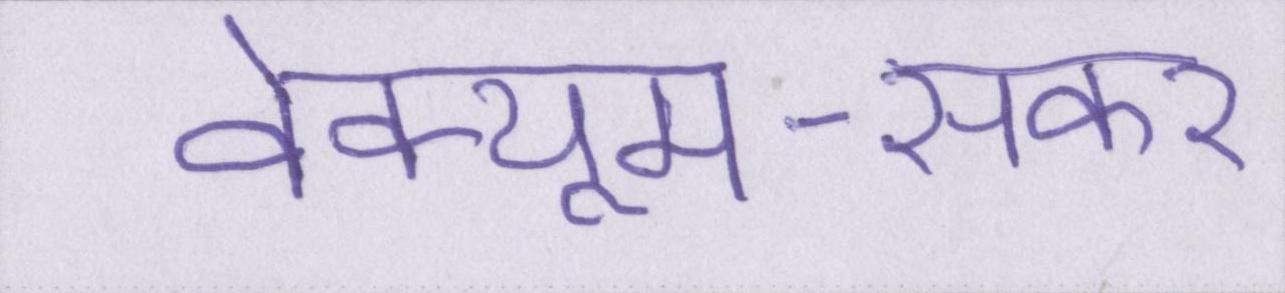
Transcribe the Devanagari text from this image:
वेक्यूम-सकर